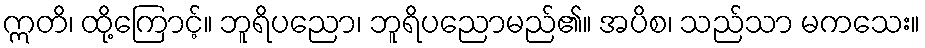
ဣတိ၊ ထို့ကြောင့်။ ဘူရိပညော၊ ဘူရိပညောမည်၏။ အပိစ၊ သည်သာ မကသေး။